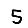
Digit: 5